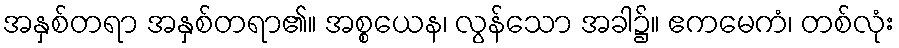
အနှစ်တရာ အနှစ်တရာ၏။ အစ္စယေန၊ လွန်သော အခါ၌။ ဧကမေကံ၊ တစ်လုံး